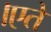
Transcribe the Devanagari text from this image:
।एते